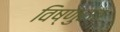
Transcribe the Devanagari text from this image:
विष्णुरात